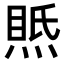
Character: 𤋇